Leaving Certificate Examination, 1909
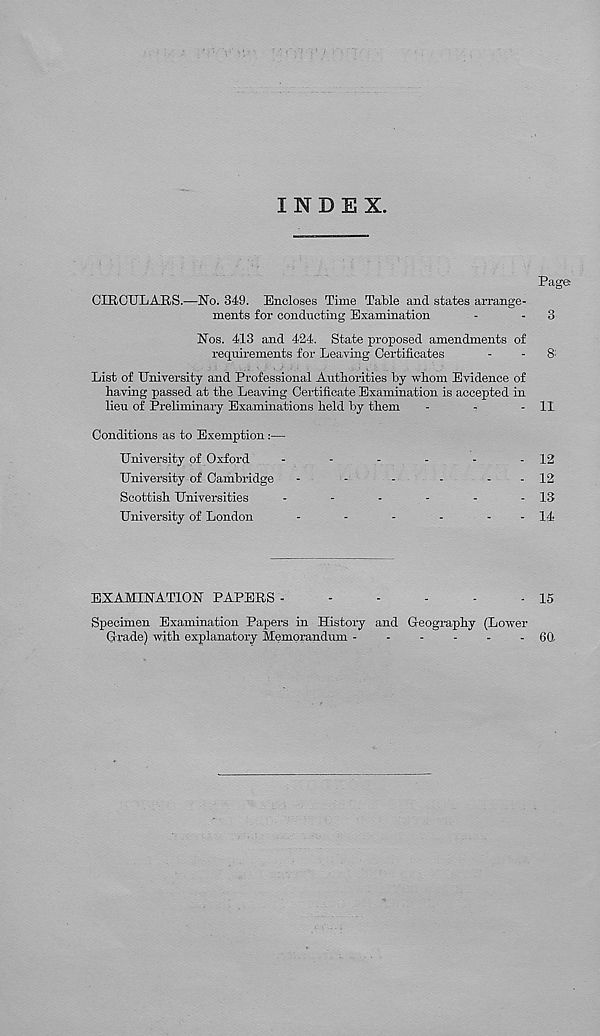
INDEX.
Page
CIRCULARS.—No. 349. Encloses Time Table and states arrange-
ments for conducting Examination
-
-
3
Nos. 413 and 424. State proposed amendments of
requirements for Leaving Certificates
-
-
8 :
List of University and Professional Authorities by whom Evidence of
having passed at the Leaving Certificate Examination is accepted in
lieu of Preliminary Examinations held by them
-
-
- 11
Conditions as to Exemption :—
University of Oxford
-
-
-
-
-
- 12
University of Cambridge
-
-
-
-
-
- 12
Scottish Universities
-
-
-
-
-
- 13
University of London
-
-
-
-
-
- 14
EXAMINATION PAPERS
15
Specimen Examination Papers in History and Geography (Lower
Grade) with explanatory Memorandum ------ 60.